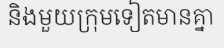
និងមួយក្រុមទៀតមានគ្នា